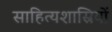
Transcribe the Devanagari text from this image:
साहित्यशास्रियों